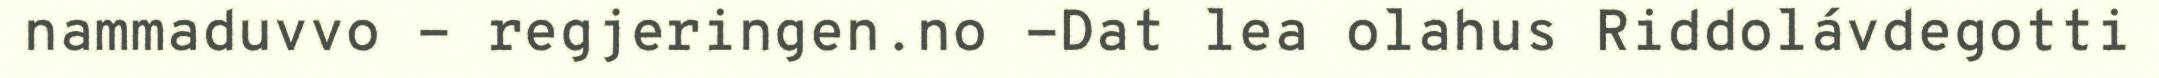
nammaduvvo - regjeringen.no -Dat lea olahus Riddolávdegotti